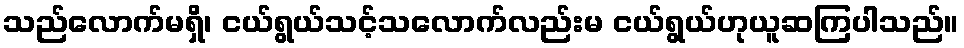
သည်လောက်မရှိ၊ ငယ်ရွယ်သင့်သလောက်လည်းမ ငယ်ရွယ်ဟုယူဆကြပါသည်။